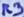
Text: R3